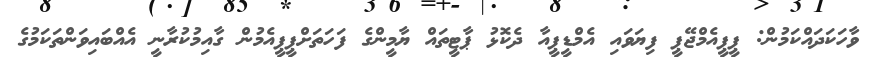
ވާހަކަދައްކަމުން: ޕީޕީއެމްޖޭޕީ ފިޔަވައި އެމްޑީޕީއާ ދެކޮޅު ޕާޓީތައް ޔާމީންގެ ފަހަތަށްޕީޕީއެމުން ގާއިމުކުރާނީ އެއްބައިވަންތަކަމުގެ